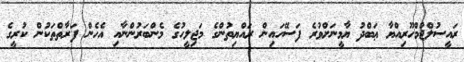
ރައީސުލްޖުމްހޫރިއްޔާ ޢަބްދު ޔާމީނަށްވުރެ ފަސޭހައިން ރައްޔިތުންގެ މަޖިލީހުގެ މެންބަރުންނާއި އެހެން ފަރާތްތަކުން ކުރީގެ